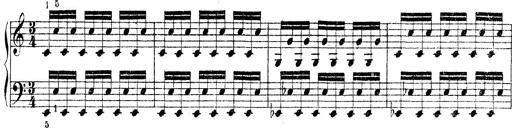
Title: Technische Studien
Composer: Franz Liszt